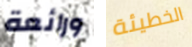
ورائعة الخطيئة